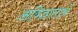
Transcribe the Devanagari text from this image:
अविज्ञातार्थ